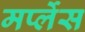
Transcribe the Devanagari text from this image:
मर्प्लेस